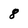
Character: 8